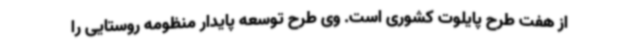
از هفت طرح پایلوت کشوری است. وی طرح توسعه پایدار منظومه روستایی را